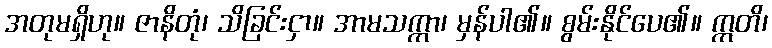
အတုမရှိဟု။ ဇာနိတုံ၊ သိခြင်းငှာ။ အာမသက္ကာ၊ မှန်ပါ၏။ စွမ်းနိုင်ပေ၏။ ဣတိ၊